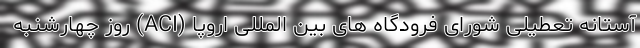
آستانه تعطیلی شورای فرودگاه های بین المللی اروپا (ACI) روز چهارشنبه